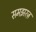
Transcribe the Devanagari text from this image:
समझरज़